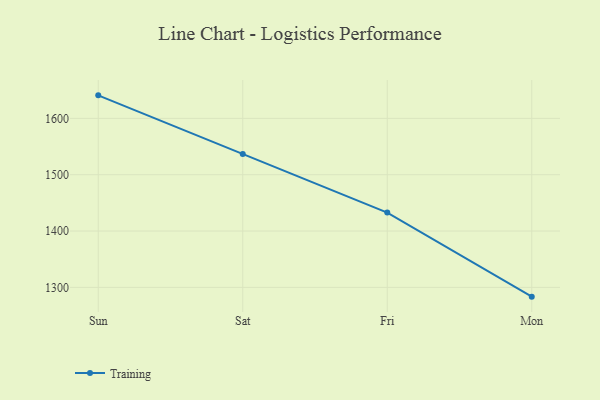
{"axis": {"x": "Day", "y": "Shipments"}, "legend": ["Training"], "data": [{"x": "Sun", "y": 1640.9, "type": "Training"}, {"x": "Sat", "y": 1536.9, "type": "Training"}, {"x": "Fri", "y": 1432.8, "type": "Training"}, {"x": "Mon", "y": 1283.5, "type": "Training"}]}